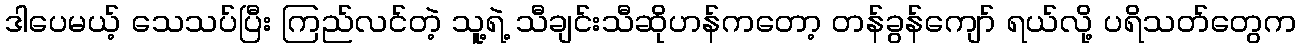
ဒါပေမယ့် သေသပ်ပြီး ကြည်လင်တဲ့ သူ့ရဲ့ သီချင်းသီဆိုဟန်ကတော့ တန်ခွန်ကျော် ရယ်လို့ ပရိသတ်တွေက